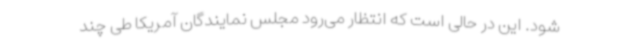
شود. این در حالی است که انتظار می‌رود مجلس نمایندگان آمریکا طی چند